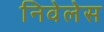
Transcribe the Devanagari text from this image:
निवेलेस